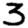
Digit: 3